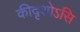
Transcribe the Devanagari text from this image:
कीदृशोऽसि